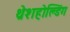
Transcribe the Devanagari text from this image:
थ्रेशहोल्डिंग